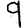
Digit: 9